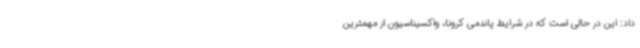
داد: این در حالی است که در شرایط پاندمی کرونا، واکسیناسیون از مهمترین